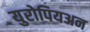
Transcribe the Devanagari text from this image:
युरोपियअन